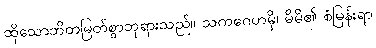
ထိုသောဘိတမြတ်စွာဘုရားသည်။ သကဂေဟမှိ၊ မိမိ၏ စံမြန်းရာ